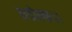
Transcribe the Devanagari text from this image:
रुडोल्फ।।